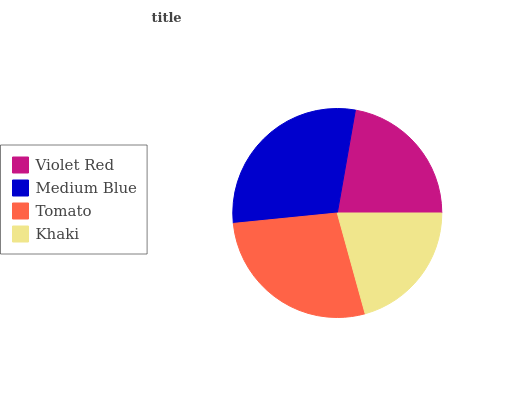
| Violet Red | Medium Blue | Tomato | Khaki |
 | --- | --- | --- | --- |
 | 22.3% | 29.3% | 27.7% | 20.7% |